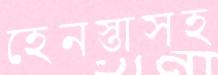
হেনস্তাসহ